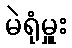
မဲရုံမှူး